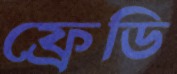
ফ্রেডি